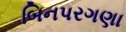
બિનપરગણા